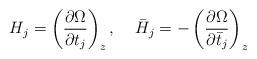
LaTeX: \begin{align*}H_j=\left(\frac{\partial \Omega}{\partial t_j}\right )_{z},\;\;\;\;\bar H_j=-\left(\frac{\partial \Omega}{\partial \bar t_j}\right )_{z}\end{align*}